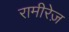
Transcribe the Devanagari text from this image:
रामीरेज़